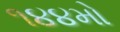
૧૪૪મો